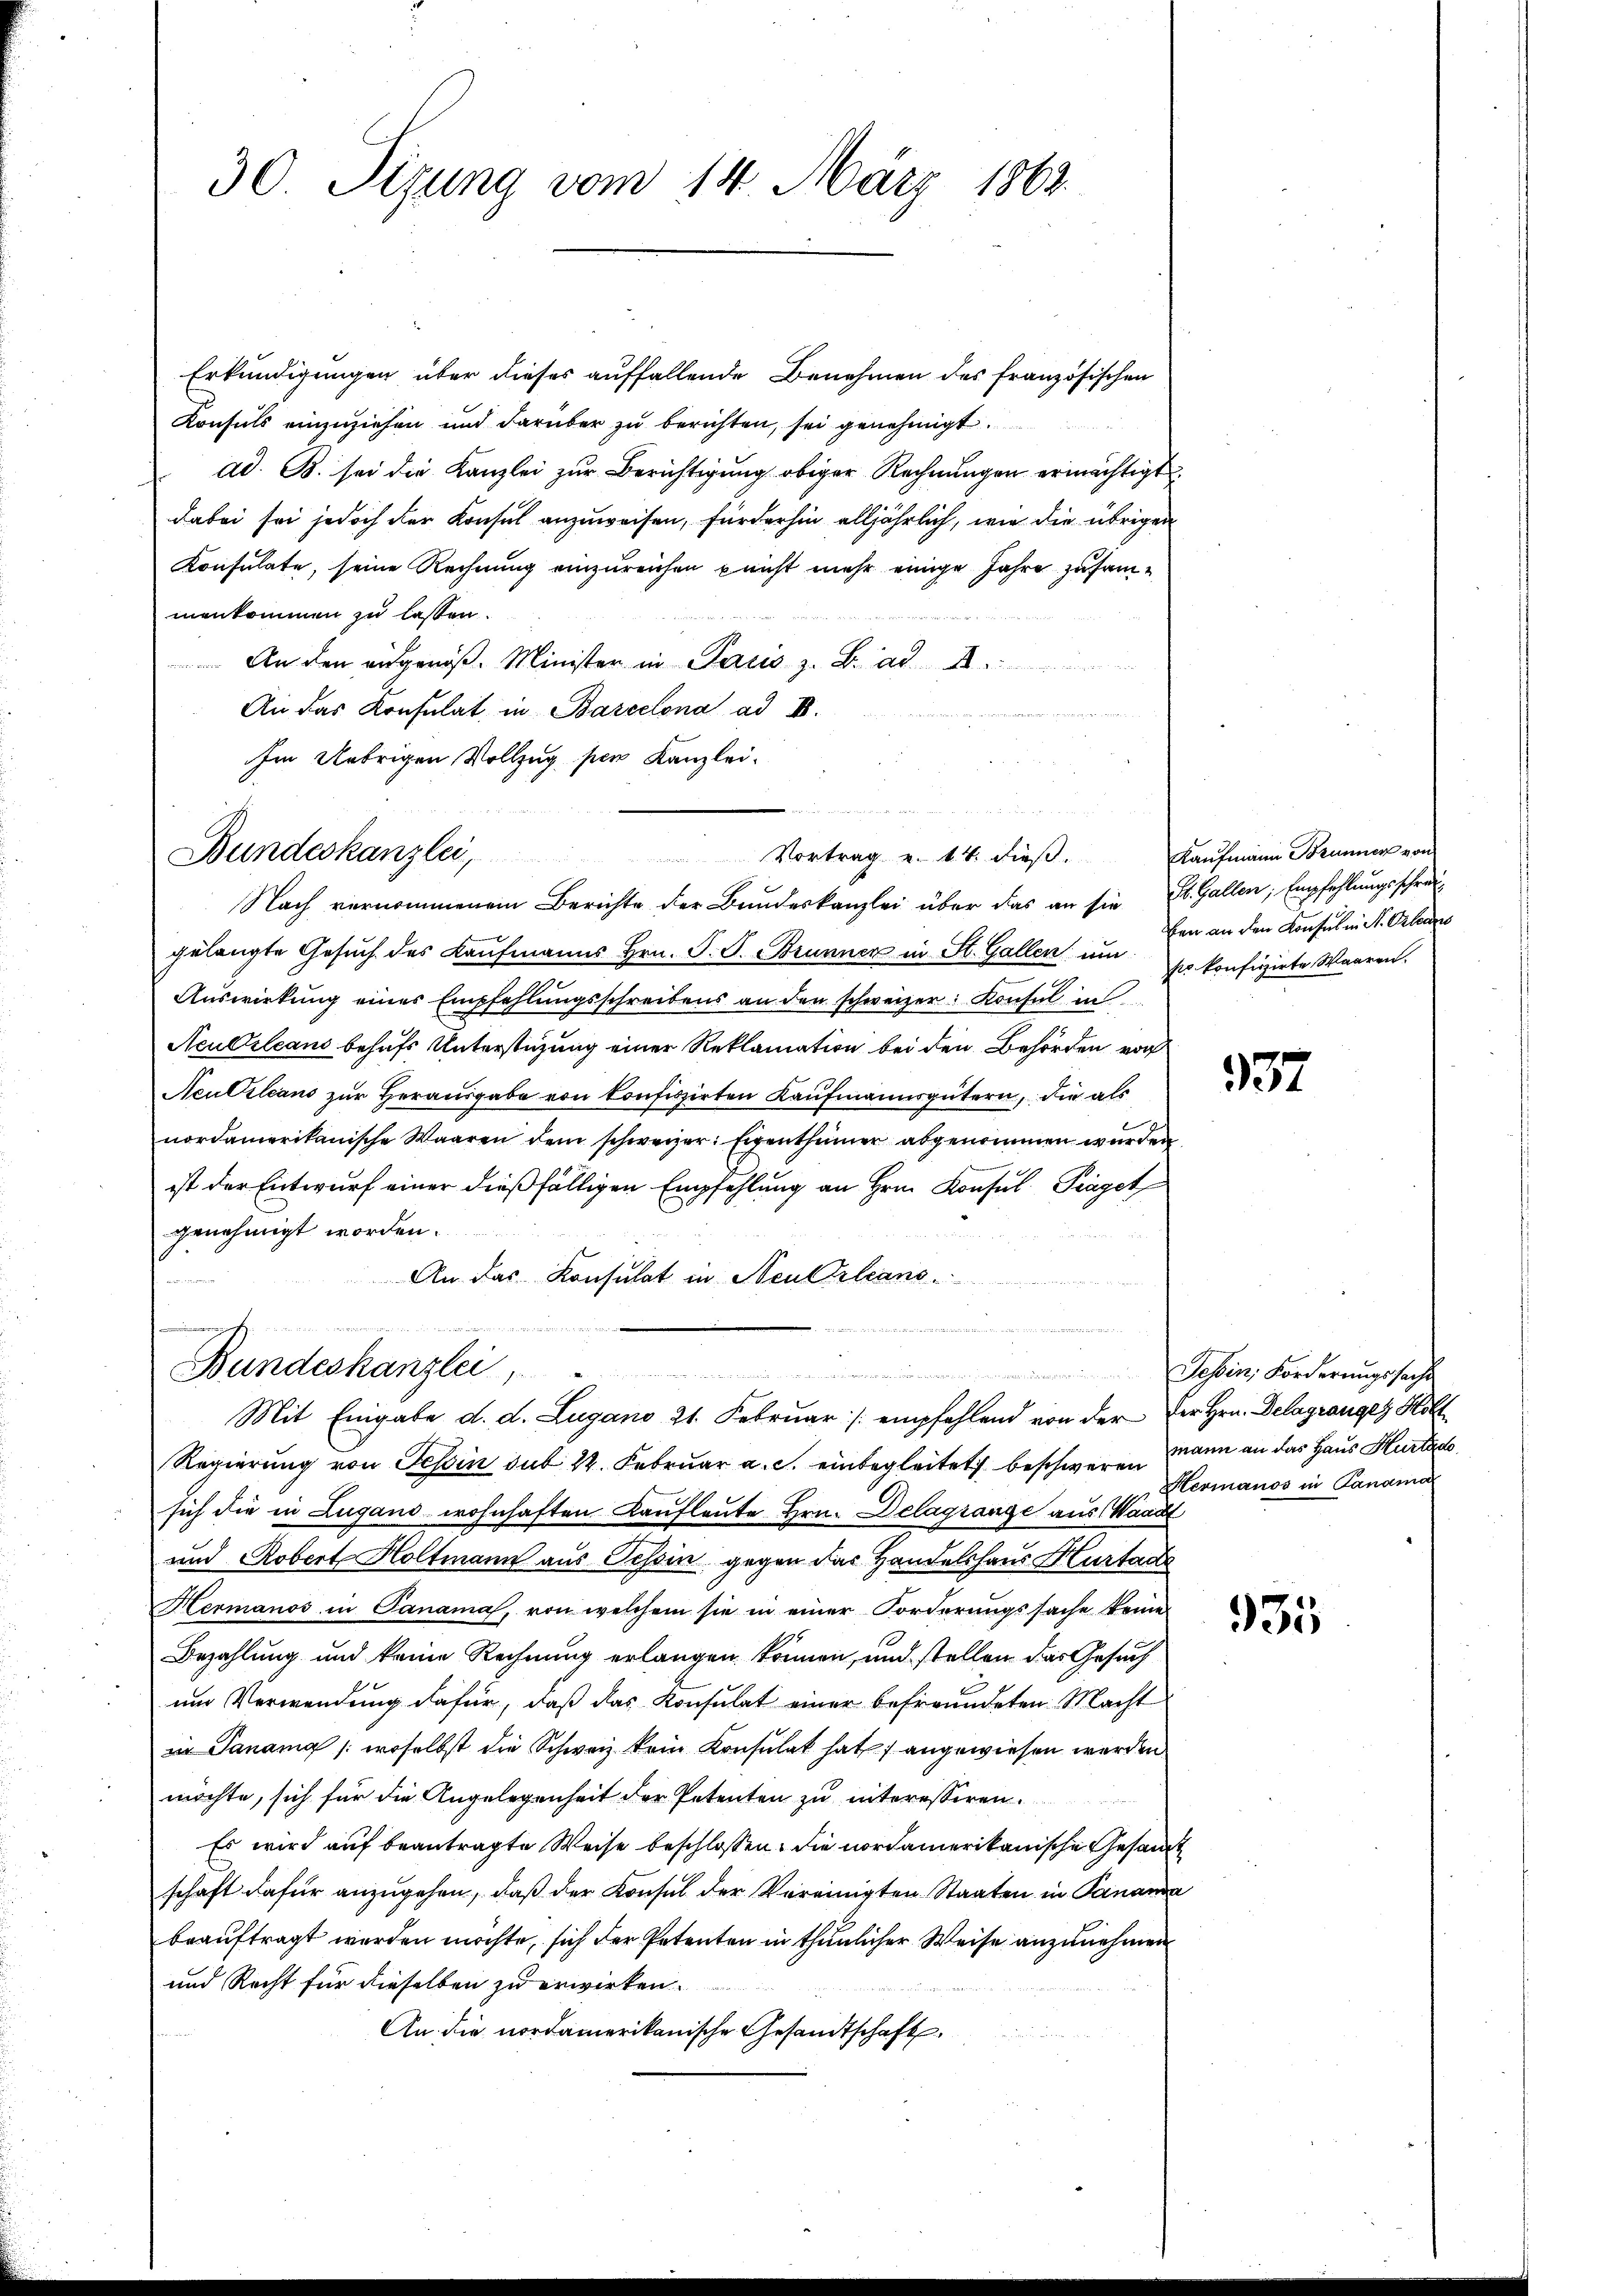
30. Sizung vom 14. März 1863.

Erkundigungen über dieses auffallende Benehmen des Französischen
Konsuls einzuziehen und darüber zu berichten, sei genehmigt.
ad. B. sei die Kanzlei zur Berichtigung obiger Rechnungen ermächtigt.
dabei sei jedoch der Konsul anzuweisen, fürderhin alljährlich, wie die übrigen
Konsulate, seine Rechnung einzureichen penst mehr einige Jahre zusammenkommen zu lassen.
An den eingenoß. Minister in Paris z. B. ad 1.
An das Konsulat in Barcelona ad I.
Im Uebrigen Vollzug per Kanzlei.
Nach vernommenem Berichte der Bundeskanzlei über das an sie St. Gallen, Empfehlungsschrei
gelangte Gesuch des Kaufmanns Hrn. J. J. Brunner in St. Gallen um
Auswirkung eines Empfehlungsschreibens an den schweizer: Konsul in
Neubileans behufs Unterstüzung einer Reklamation bei den Behörden vor
Ncutileans zur Herausgabe von konfiszirten Kaufmannsgütern, die als
nordamerikanische Waaren dem schweizer. Eigenthümer abgenommen wurden
ist der Entwurf einer dießfälligen Empfehlung an Hrn. Konsul, Präget
genehmigt worden.
An das Konsulat in Neu Orleans
inter
t
Bundeskanzlei
Mit Eingabe d. d. Lugano 21. Februar  /: empfehlend von der der Hrn. Delagranges Holt
Regierung von Tessin sub 22. Februar a. c. einbegleitete beschweren Mann an das Haus Hurtad
sich die in Lugano wohnhaften Kaufleute Hrn. Delagrange aus Waadt
und Robert Holtmann aus Tessin, gegen das Handelshaus Hurtade
Hermanos in Danama, von welchem sie in einer Forderungssache keine
Bezahlung und keine Rechnung erlangen können, und stellen das Gesuch
um Verwendung dafür, daß das Konsulat einer befreundeten Macht
 Panang (woselbst die Schweiz kein Konsulat hat) angewiesen werden
möchte, sich für die Angelegenheit der Petenten zu interessiren.
Es wird auf beantragte Weise beschlossen: die nordamerikanische Gesandt
schaft dafür anzugehen, daß der Konsul der Vereinigten Staaten in Panana
beauftragt worden möchte, sich der Petenten in thunlicher Weise anzunehmen
und Recht für dieselben zu erwirken.
An die nordamerikanische Gesandtschaft

Bundeskanzlei,

e
Vortrag u. 14. dieß.

Kaufmann Brunner von
en an den Konsul in St. Orleans
sr konfiszirte Waaren.

337

Tessin, Forderungssache
Hermanos in Panamar

935